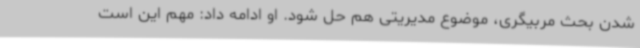
شدن بحث مربیگری، موضوع مدیریتی هم حل شود. او ادامه داد: مهم این است